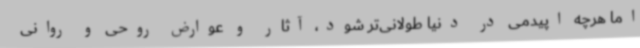
اما هرچه اپیدمی در دنیا طولانی‌تر شود، آثار و عوارض روحی و روانی